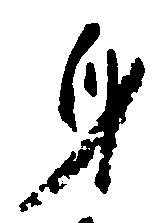
身